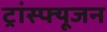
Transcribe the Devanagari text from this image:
ट्रांस्फ्यूजन